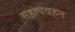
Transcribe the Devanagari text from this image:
महापवहन